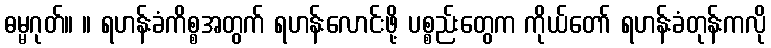
ဓမ္မဂုတ်။ ။ ရဟန်းခံကိစ္စအတွက် ရဟန်းလောင်းဖို့ ပစ္စည်းတွေက ကိုယ်တော် ရဟန်းခံတုန်းကလို